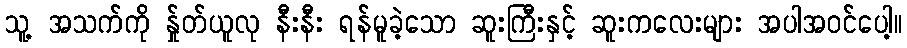
သူ့ အသက်ကို န်ှုတ်ယူလု နီးနီး ရန်မူခဲ့သော ဆူးကြီးနှင့် ဆူးကလေးများ အပါအဝင်ပေါ့။